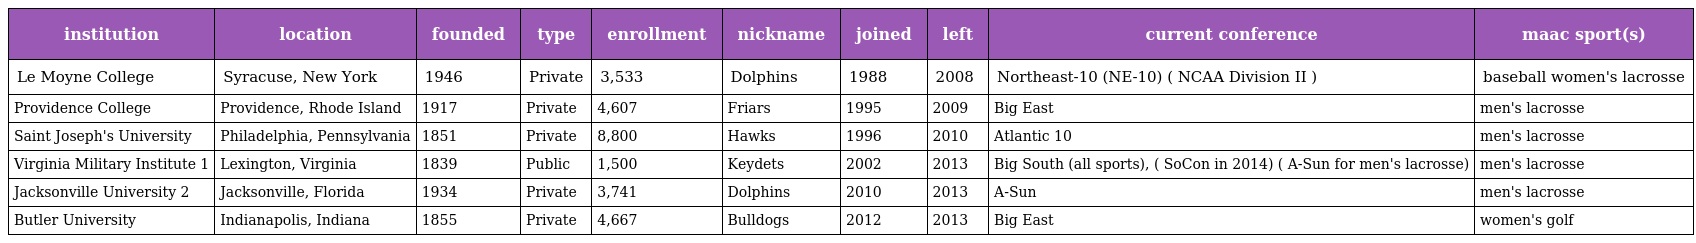
| institution | location | founded | type | enrollment | nickname | joined | left | current conference | maac sport(s) |
 | --- | --- | --- | --- | --- | --- | --- | --- | --- | --- |
 | Le Moyne College | Syracuse, New York | 1946 | Private | 3,533 | Dolphins | 1988 | 2008 | Northeast-10 (NE-10) ( NCAA Division II ) | baseball women's lacrosse |
 | Providence College | Providence, Rhode Island | 1917 | Private | 4,607 | Friars | 1995 | 2009 | Big East | men's lacrosse |
 | Saint Joseph's University | Philadelphia, Pennsylvania | 1851 | Private | 8,800 | Hawks | 1996 | 2010 | Atlantic 10 | men's lacrosse |
 | Virginia Military Institute 1 | Lexington, Virginia | 1839 | Public | 1,500 | Keydets | 2002 | 2013 | Big South (all sports), ( SoCon in 2014) ( A-Sun for men's lacrosse) | men's lacrosse |
 | Jacksonville University 2 | Jacksonville, Florida | 1934 | Private | 3,741 | Dolphins | 2010 | 2013 | A-Sun | men's lacrosse |
 | Butler University | Indianapolis, Indiana | 1855 | Private | 4,667 | Bulldogs | 2012 | 2013 | Big East | women's golf |